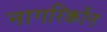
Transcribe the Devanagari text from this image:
नागरिकोंन